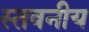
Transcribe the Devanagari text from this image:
स्तवनीय